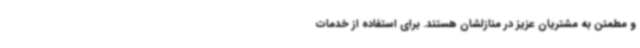
و مطمئن به مشتریان عزیز در منازلشان هستند. برای استفاده از خدمات